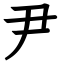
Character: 尹